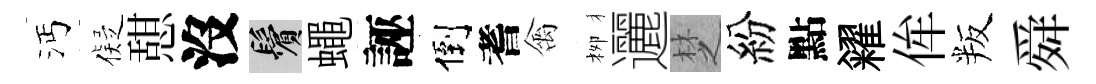
沔儗憇沒鬢蠅誣倒耆禽栁邐椘紛點糴侔叛舜